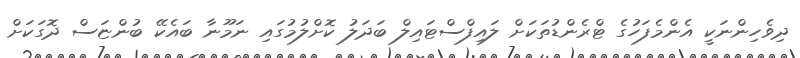
ދިވެހިންނަކީ އެންމެފަހުގެ ޓްރެންޑުތަކަށް ލައިފްސްޓައިލް ބަދަލު ކޮށްލުމުގައި ނަމޫނާ ބައެކޭ ބުންޏަސް ދޮގަކަށް